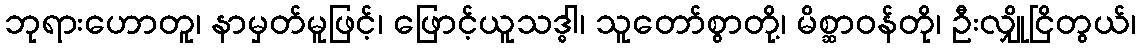
ဘုရားဟောတူ၊ နာမှတ်မူဖြင့်၊ ဖြောင့်ယူသဒ္ဓါ၊ သူတော်စွာတို့၊ မိစ္ဆာဝန်တို၊ ဦးလျှိုငြိတွယ်၊